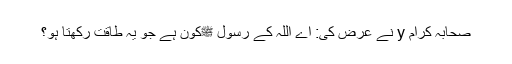
صحابہ کرام y نے عرض کی: اے اللہ کے رسول ﷺکون ہے جو یہ طاقت رکھتا ہو؟